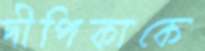
দীপিকাকে